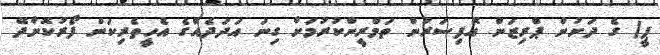
ޕީ) ގެ ދަށުން ޕްރިޒަން އޮފިސަރުން ތަމްރީންކުރުމަށް ގިނަ އަދަދެއްގެ އެހީތެރިކަން ފޯރުކޮށްދޭ